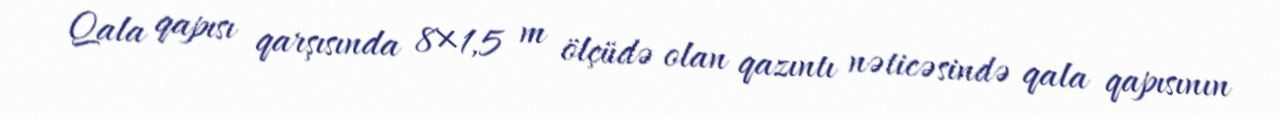
Qala qapısı qarşısında 8×1,5 m ölçüdə olan qazıntı nəticəsində qala qapısının